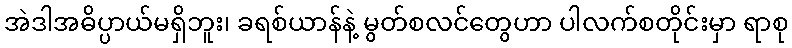
အဲဒါအဓိပ္ပာယ်မရှိဘူး၊ ခရစ်ယာန်နဲ့ မွတ်စလင်တွေဟာ ပါလက်စတိုင်းမှာ ရာစု